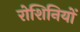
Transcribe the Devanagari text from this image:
रोशिनियों